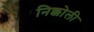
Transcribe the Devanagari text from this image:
निक्कोली